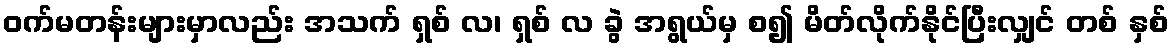
ဝက်မတန်းများမှာလည်း အသက် ရှစ် လ၊ ရှစ် လ ခွဲ အရွယ်မှ စ၍ မိတ်လိုက်နိုင်ပြီးလျှင် တစ် နှစ်